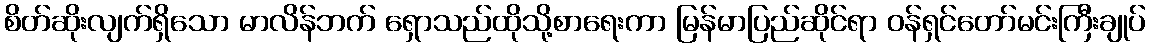
စိတ်ဆိုးလျက်ရှိသော မာလိန်ဘက် ရှောသည်ထိုသို့စာရေးကာ မြန်မာပြည်ဆိုင်ရာ ဝန်ရှင်တော်မင်းကြီးချုပ်